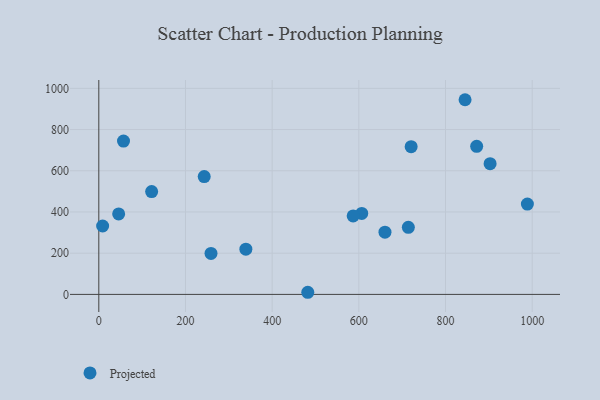
{"axis": {"x": "Experience", "y": "Salary"}, "legend": ["Projected"], "data": [{"x": "121.9", "y": 498.8, "type": "Projected"}, {"x": "988.9", "y": 438.2, "type": "Projected"}, {"x": "714.2", "y": 325.4, "type": "Projected"}, {"x": "482.2", "y": 10.3, "type": "Projected"}, {"x": "871.9", "y": 718.5, "type": "Projected"}, {"x": "45.8", "y": 390.5, "type": "Projected"}, {"x": "902.9", "y": 634.3, "type": "Projected"}, {"x": "720.7", "y": 717.0, "type": "Projected"}, {"x": "8.8", "y": 331.9, "type": "Projected"}, {"x": "660.3", "y": 301.9, "type": "Projected"}, {"x": "258.9", "y": 198.7, "type": "Projected"}, {"x": "57.0", "y": 744.2, "type": "Projected"}, {"x": "606.7", "y": 392.9, "type": "Projected"}, {"x": "586.9", "y": 380.8, "type": "Projected"}, {"x": "339.3", "y": 219.4, "type": "Projected"}, {"x": "243.2", "y": 571.9, "type": "Projected"}, {"x": "845.1", "y": 944.8, "type": "Projected"}]}